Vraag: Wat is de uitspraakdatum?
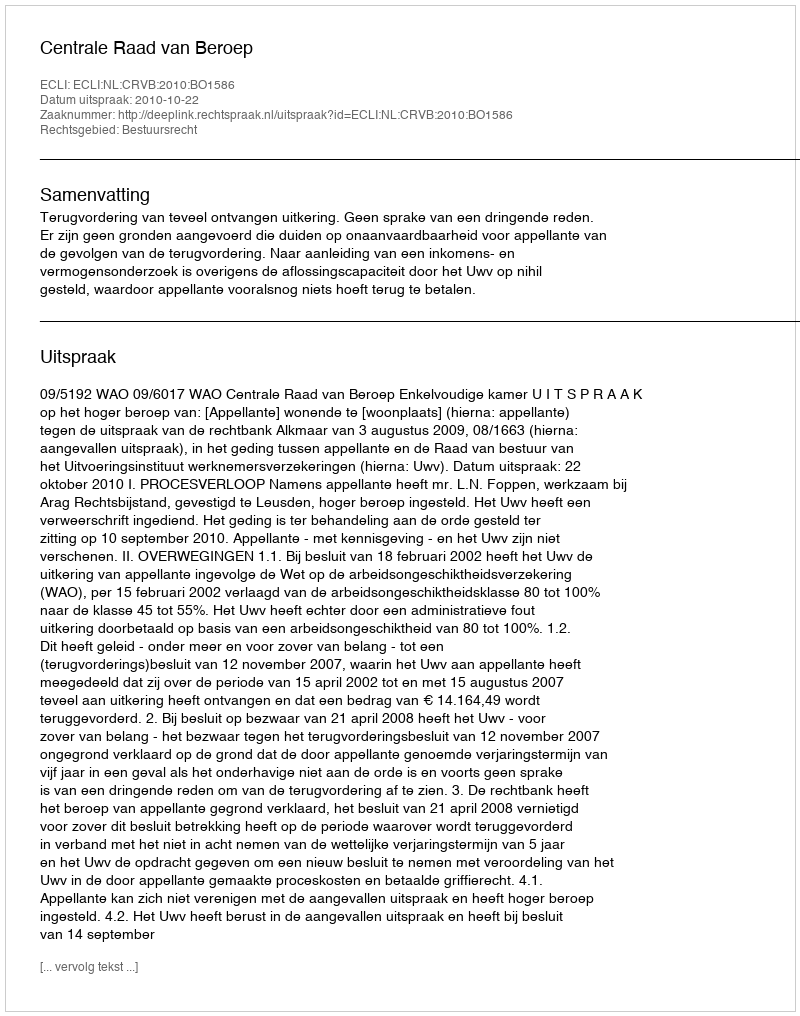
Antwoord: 2010-10-22